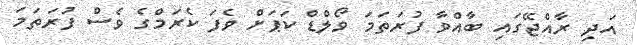
އަދި ރާއްޖޭގައި ބާއްވާ ފުރަތަމަ ވޯލްޑް ކަޕަށް ވެފަ ކެރަމްގެ ވެސް ފުރަތަމަ